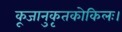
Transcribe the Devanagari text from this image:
कूजानुकृतकोकिलः।